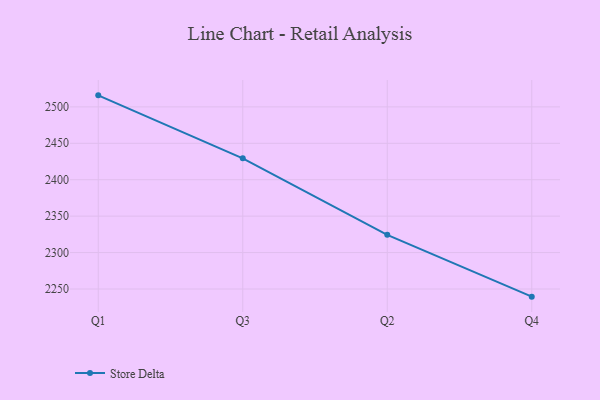
{"axis": {"x": "Quarter", "y": "Tickets Resolved"}, "legend": ["Store Delta"], "data": [{"x": "Q1", "y": 2515.8, "type": "Store Delta"}, {"x": "Q3", "y": 2429.3, "type": "Store Delta"}, {"x": "Q2", "y": 2324.3, "type": "Store Delta"}, {"x": "Q4", "y": 2239.5, "type": "Store Delta"}]}